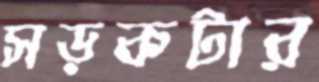
সড়কটার